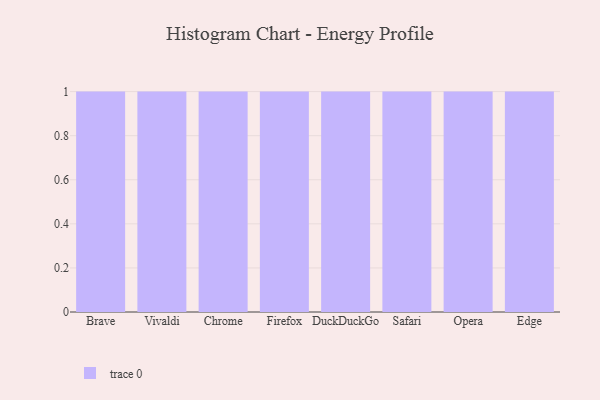
{"axis": {"x": "Browser", "y": "Tickets Resolved"}, "legend": [""], "data": [{"x": "Brave", "y": 92, "type": ""}, {"x": "Vivaldi", "y": 99, "type": ""}, {"x": "Chrome", "y": 97, "type": ""}, {"x": "Firefox", "y": 1, "type": ""}, {"x": "DuckDuckGo", "y": 37, "type": ""}, {"x": "Safari", "y": 81, "type": ""}, {"x": "Opera", "y": 35, "type": ""}, {"x": "Edge", "y": 41, "type": ""}]}